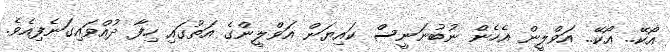
އޯކޭ.. އޯކޭ.. އަވްލީން އެހެން ނުބުނަނީސް ކައިޔަން އަވްލީންގެ އަތުގައި ހިފާ ދުއްވައިގަނެފިއެވެ.